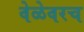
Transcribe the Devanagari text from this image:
वेळेवरच